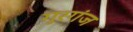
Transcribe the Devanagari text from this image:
गुरगंज